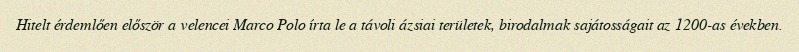
Hitelt érdemlően először a velencei Marco Polo írta le a távoli ázsiai területek, birodalmak sajátosságait az 1200-as években.